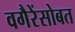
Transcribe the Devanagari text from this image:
वगैरेंसोबत